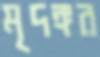
মৃদঙ্গর